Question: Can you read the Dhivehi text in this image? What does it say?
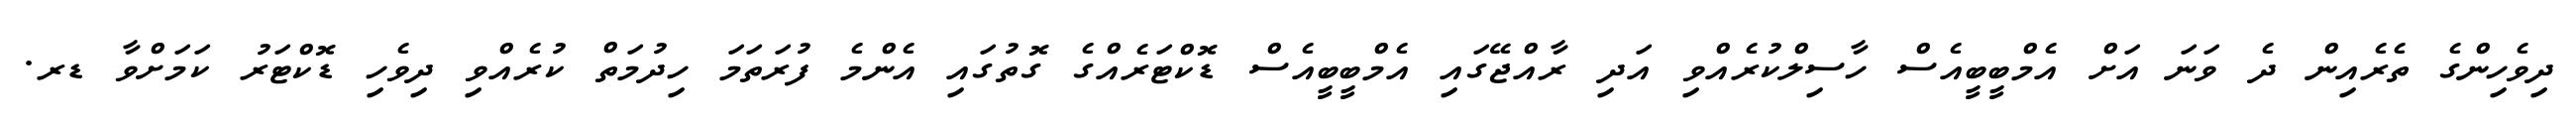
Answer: ދިވެހިންގެ ތެރެއިން ދެ ވަނަ އަށް އެމްބީބީއެސް ހާސިލްކުރެއްވި އަދި ރާއްޖޭގައި އެމްބީބީއެސް ޑޮކްޓަރެއްގެ ގޮތުގައި އެންމެ ފުރަތަމަ ހިދުމަތް ކުރެއްވި ދިވެހި ޑޮކްޓަރު ކަމަށްވާ ޑރ.